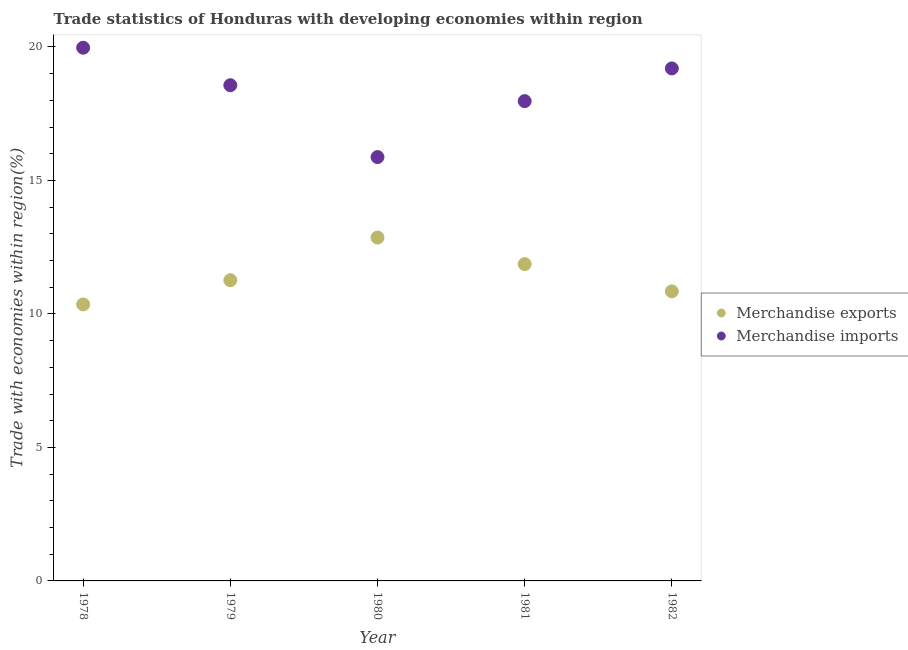
| Year | Merchandise exports | Merchandise imports |
 | --- | --- | --- |
 | 1978 | 10.4 | 20 |
 | 1979 | 11.3 | 18.6 |
 | 1980 | 12.9 | 15.9 |
 | 1981 | 11.9 | 18 |
 | 1982 | 10.8 | 19.2 |